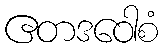
ဧတဒဝေါစံ